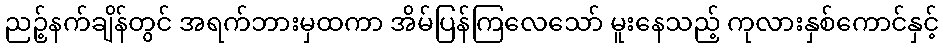
ညဉ့်နက်ချိန်တွင် အရက်ဘားမှထကာ အိမ်ပြန်ကြလေသော် မူးနေသည့် ကုလားနှစ်ကောင်နှင့်